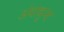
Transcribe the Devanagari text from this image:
अंधाधुन्द